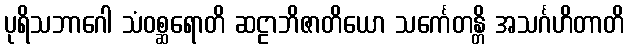
ပုရိသဘာဂေါ သံဝစ္ဆရောတိ ဆဠာဘိဇာတိယော သင်္ကေတန္တိ အသင်္ဂဟိတာတိ